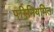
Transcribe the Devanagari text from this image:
परिनियमित